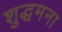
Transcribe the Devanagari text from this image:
शुद्धमना